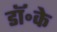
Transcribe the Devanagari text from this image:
डॉ॰के